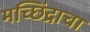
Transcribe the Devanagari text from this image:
मच्छिंद्राचा